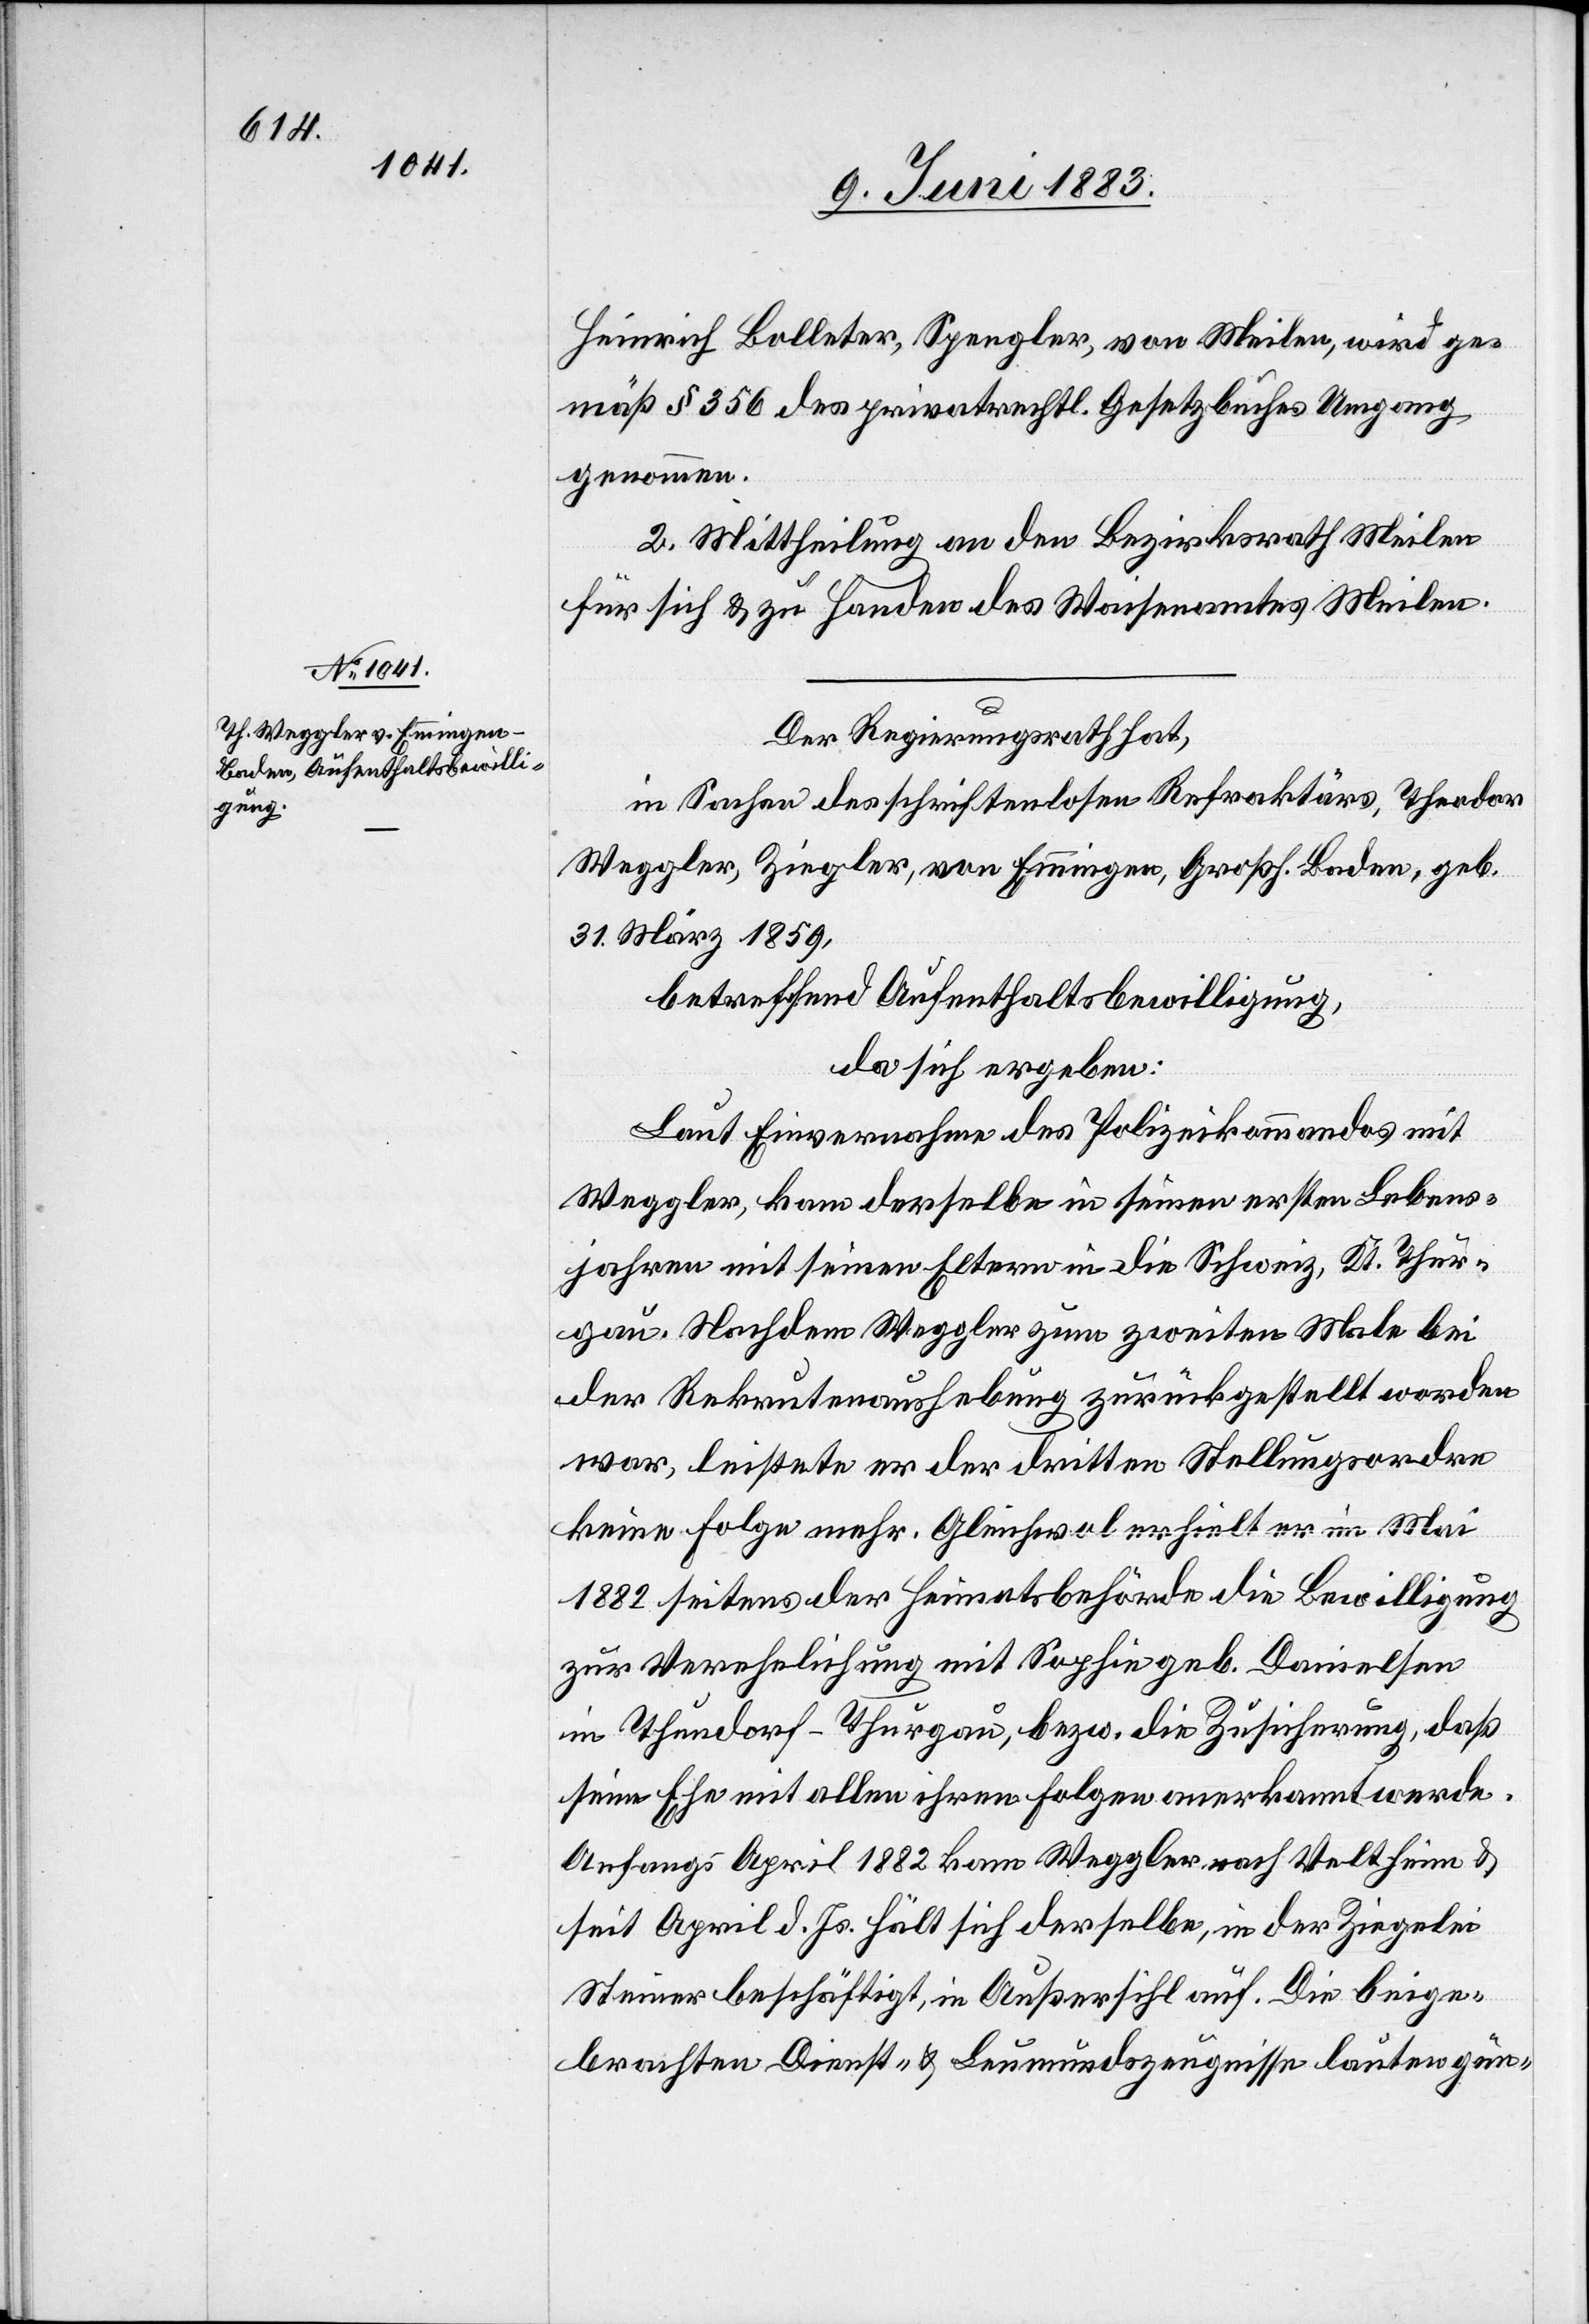
Heinrich Bolleter, Spengler, von Meilen, wird ge¬
mäß § 356 des privatrechtl. Gesetzbuches Umgang
genommen.
2. Mittheilung an den Bezirksrath Meilen
für sich & zu Handen des Waisenamtes Meilen.
Der Regierungsrath hat,
in Sachen des schriftenlosen Refraktärs, Theodor
Weggler, Ziegler, von Emmingen, Großh. Baden, geb.
31. März 1859,
betreffend Aufenthaltsbewilligung,
da sich ergeben:
Auf Einvernahme des Polizeikommandos mit
Weggler, kam derselbe in seinen ersten Lebens¬
jahren mit seinen Eltern in die Schweiz, Kt. Thur¬
gau. Nachdem Weggler zum zweiten Male bei
der Rekrutenaushebung zurückgestellt worden
war, leistete er der dritten Stellungsordre
keine Folge mehr. Gleichwol erhielt er im Mai
1882 seitens der Heimatsbehörde die Bewilligung
zur Verehelichung mit Sophie geb. Danielsen
in Thundorf - Thurgau, bez. die Zusicherung, daß
seine Ehe mit allen ihren Folgen anerkannt werde.
Anfangs April 1882 kam Weggler nach Veltheim &
seit April d. Js. hält sich derselbe, in der Ziegelei
Steiner beschäftigt, in Außersihl auf. Die beige¬
brachten Dienst- & Leumundszeugnisse lauten gün-